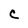
Character: C